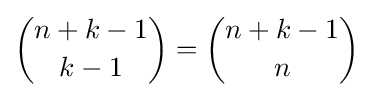
{n+k-1 \choose k-1}={n+k-1 \choose n}